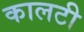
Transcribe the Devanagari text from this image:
कालटी